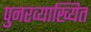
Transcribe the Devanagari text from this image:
पुनरव्याख्यित